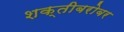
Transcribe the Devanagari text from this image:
शक्तीबरोबर